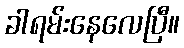
ခါရမ်းနေလေပြီ။